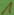
Text: 1